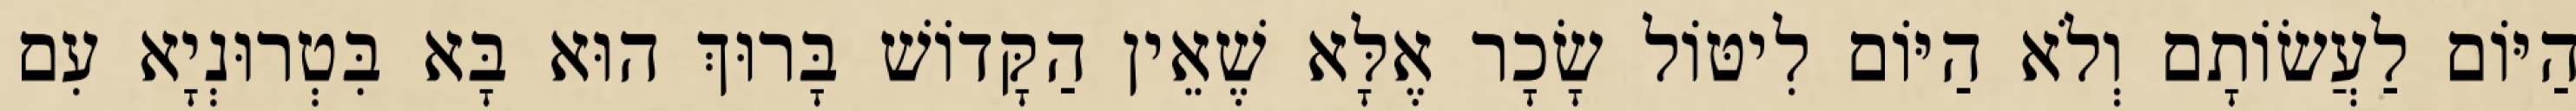
הַיּוֹם לַעֲשׂוֹתָם וְלֹא הַיּוֹם לִיטּוֹל שָׂכָר אֶלָּא שֶׁאֵין הַקָּדוֹשׁ בָּרוּךְ הוּא בָּא בִּטְרוּנְיָא עִם